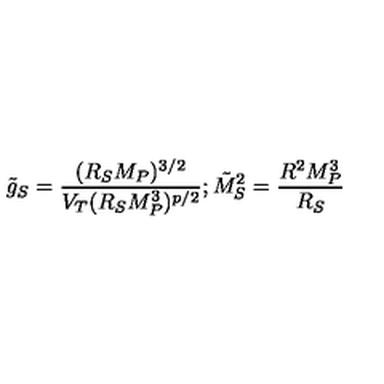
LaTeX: \tilde { g } _ { S } = { \frac { ( R _ { S } M _ { P } ) ^ { 3 / 2 } } { V _ { T } ( R _ { S } M _ { P } ^ { 3 } ) ^ { p / 2 } } } ; \tilde { M } _ { S } ^ { 2 } = { \frac { R ^ { 2 } M _ { P } ^ { 3 } } { R _ { S } } }